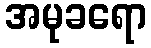
အမုခရော